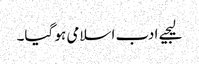
لیجیے ادب اسلامی ہو گیا۔